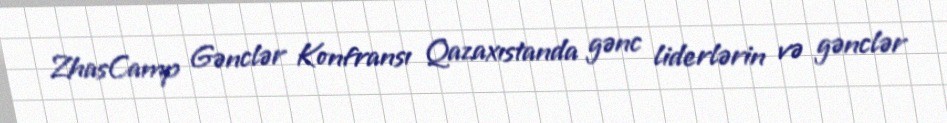
ZhasCamp Gənclər Konfransı Qazaxıstanda gənc liderlərin və gənclər